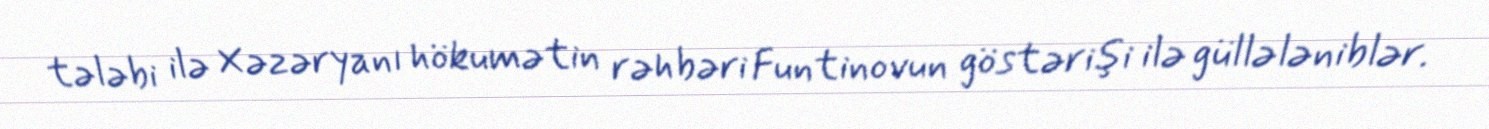
tələbi ilə Xəzəryanı hökumətin rəhbəri Funtinovun göstərişi ilə güllələniblər.